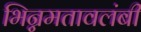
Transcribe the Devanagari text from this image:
भिन्नमतावलंबी